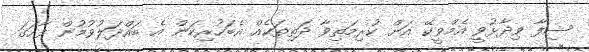
ޝިފާ ވިދާޅުވީ އެމްވީކޭ އަށް ކުރިމަތިވާ ދަތިތަކެއް އެބަހުރިކަން އެ ބައްދަލުވުމުން ފާހަގަ